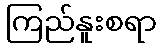
ကြည်နူးစရာ